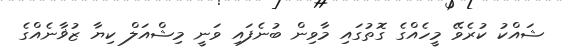
ޝައްކު ކުރެވޭ މީހެއްގެ ގޮތުގައި މާވިން ބުނެފައި ވަނީ މިޝްއަލް ކިޔާ ޒުޥާނެއްގެ